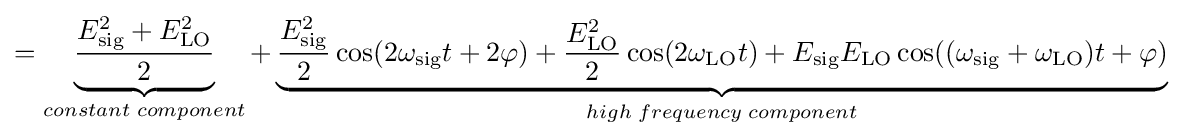
=\underbrace {\frac {E_{\mathrm {sig} }^{2}+E_{\mathrm {LO} }^{2}}{2}} _{constant\;component}+\underbrace {{\frac {E_{\mathrm {sig} }^{2}}{2}}\cos(2\omega _{\mathrm {sig} }t+2\varphi )+{\frac {E_{\mathrm {LO} }^{2}}{2}}\cos(2\omega _{\mathrm {LO} }t)+E_{\mathrm {sig} }E_{\mathrm {LO} }\cos((\omega _{\mathrm {sig} }+\omega _{\mathrm {LO} })t+\varphi )} _{high\;frequency\;component}